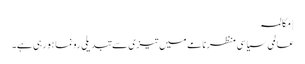
| مکالمہ
عالمی سیاسی منظرنامے میں تیزی سے تبدیلی رونما ہو رہی ہے۔